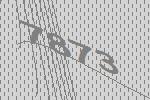
7873